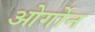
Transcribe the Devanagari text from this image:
ओर्गोन